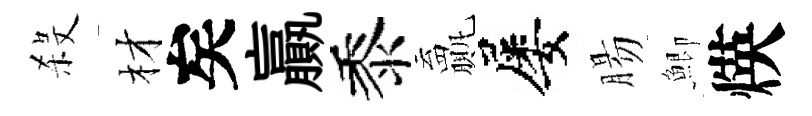
殺材矣贏黍贏屡腸鯽煐